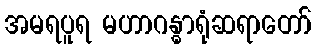
အမရပူရ မဟာဂန္ဓာရုံဆရာတော်